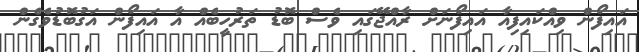
އައިފޯން ވިއްކައިފިއާ އައިފޯނަށް ރާއްޖޭގައި ވެސް ބޮޑު ތަރުހީބެއް އާ އައިފޯން އަގުބޮޑުވެގެން